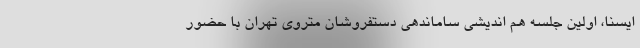
ایسنا، اولین جلسه هم اندیشی ساماندهی دستفروشان متروی تهران با حضور